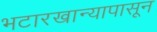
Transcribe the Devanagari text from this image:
भटारखान्यापासून